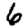
Digit: 6